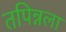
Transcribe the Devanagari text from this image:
तपिन्नला